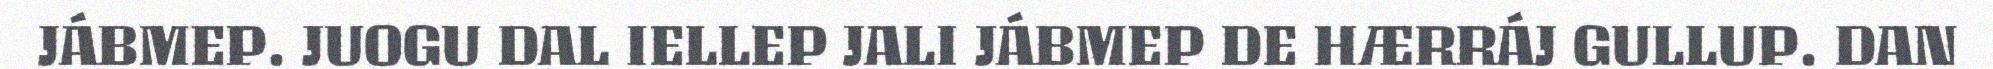
JÁBMEP. JUOGU DAL IELLEP JALI JÁBMEP DE HÆRRÁJ GULLUP. DAN